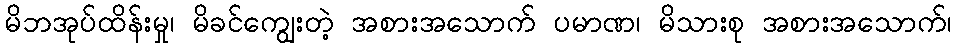
မိဘအုပ်ထိန်းမှု၊ မိခင်ကျွေးတဲ့ အစားအသောက် ပမာဏ၊ မိသားစု အစားအသောက်၊